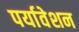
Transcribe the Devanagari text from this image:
पर्यावेशन